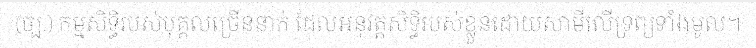
(ច្ប.) កម្មសិទ្ធិរបស់បុគ្គលច្រើននាក់ ដែលអនុវត្តសិទ្ធិរបស់ខ្លួនដោយសាមីលើទ្រព្យទាំងមូល។